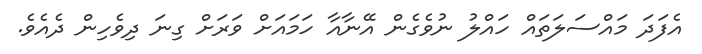
އެފަދަ މައްސަލަތައް ހައްލު ނުވެގެން އޭނާއާ ހަމައަށް ވަރަށް ގިނަ ދިވެހިން ދެއެވެ.